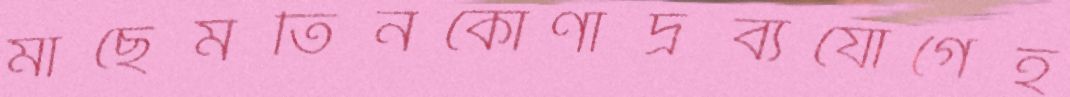
মাছেমতিনকোণাদ্রব্যযোগেহ